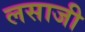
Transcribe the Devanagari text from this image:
लसाजी